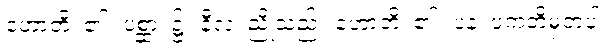
ဟောတိ၊ ၏။ ပစ္ဆာ၊ ၌။ နီလံ၊ ညိုသည်။ ဟောတိ၊ ၏။ ပန၊ ပကတိမှတပါး